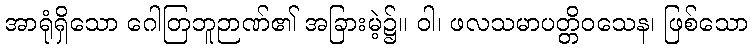
အာရုံရှိသော ဂေါတြဘူဉာဏ်၏ အခြားမဲ့၌။ ဝါ၊ ဖလသမာပတ္တိဝသေန၊ ဖြစ်သော